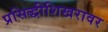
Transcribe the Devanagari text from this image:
प्रसिद्धीशिखरावर